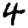
Digit: 4